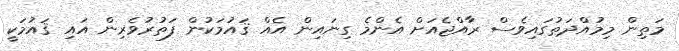
މަތިން މިމުއްދަތުގައިވެސް ރާއްޖެއަށް އެންމެ ގިނައިން އެއް ޤައުމަކުން ފަތުރުވެރިން އައި ޤައުމަކީ